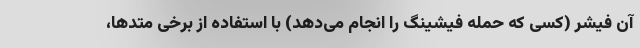
آن فیشر (کسی که حمله فیشینگ را انجام می‌دهد) با استفاده از برخی متدها،